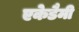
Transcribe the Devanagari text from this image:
एकेडैमी